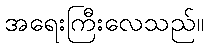
အရေးကြီးလေသည်။